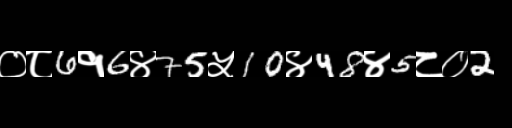
Text: ०८6१6४75५10४48४5८०2